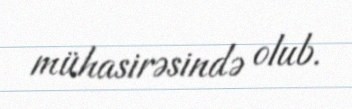
mühasirəsində olub.